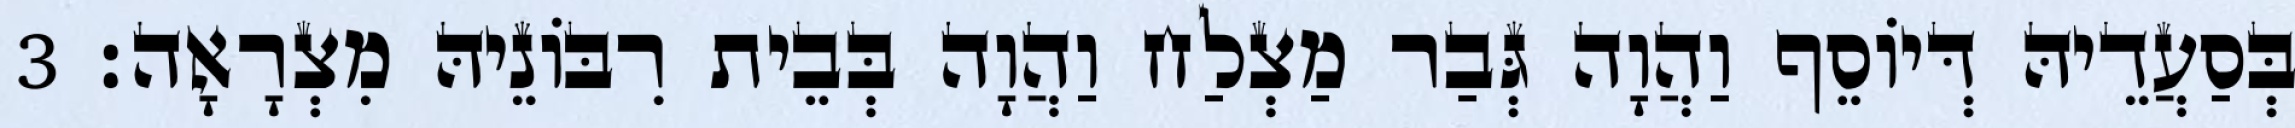
בְּסַעֲדֵיהּ דְּיוֹסֵף וַהֲוָה גְּבַר מַצְלַח וַהֲוָה בְּבֵית רִבּוֹנֵיהּ מִצְרָאָה׃ 3